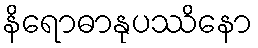
နိရောဓာနုပဿိနော